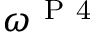
\omega ^ { \mathrm { ~ P ~ 4 ~ } }